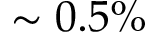
\sim 0 . 5 \%